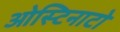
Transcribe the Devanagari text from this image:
ओस्टिनाटो